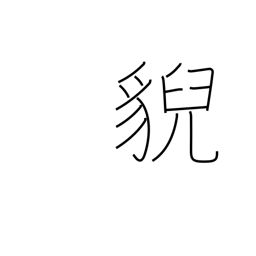
Meaning: wild beast